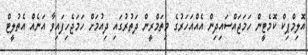
އޮލިމްޕިކް ކޮމެޓީން ހަމަޖައްސައިދިން އެއްއަހަރުގެ މިތަމްރީން ދަތުރުގައި ދިއުމަށް ހަމަޖެހިފައިވާ އަނެއް އެތުލީޓް